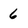
Character: 6